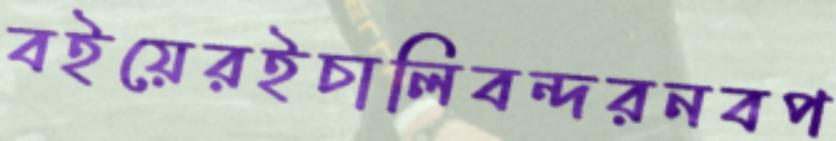
বইয়েরইচালিবন্দরনবপ